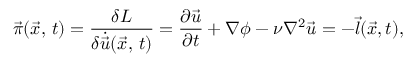
\vec { \pi } ( \vec { x } , \, t ) = { \frac { \delta { \cal L } } { { \delta \dot { \vec { u } } } ( \vec { x } , \, t ) } } = { \frac { \partial \vec { u } } { \partial t } } + \nabla \phi - \nu \nabla ^ { 2 } \vec { u } = - \vec { l } ( \vec { x } , t ) ,